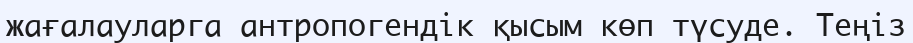
жағалауларга антропогендік қысым көп түсуде. Теңіз